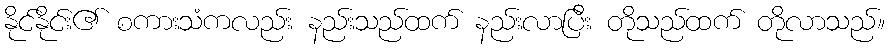
နိုင်နိုင်း၏ စကားသံကလည်း နည်းသည်ထက် နည်းလာပြီး တိုသည်ထက် တိုလာသည်။